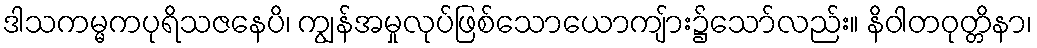
ဒါသကမ္မကပုရိသဇနေပိ၊ ကျွန်အမှုလုပ်ဖြစ်သောယောကျ်ား၌သော်လည်း။ နိဝါတဝုတ္တိနာ၊